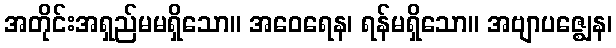
အတိုင်းအရှည်မမရှိသော။ အဝေရေန၊ ရန်မရှိသော။ အဗျာပဇ္ဈေန၊